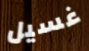
غسيل